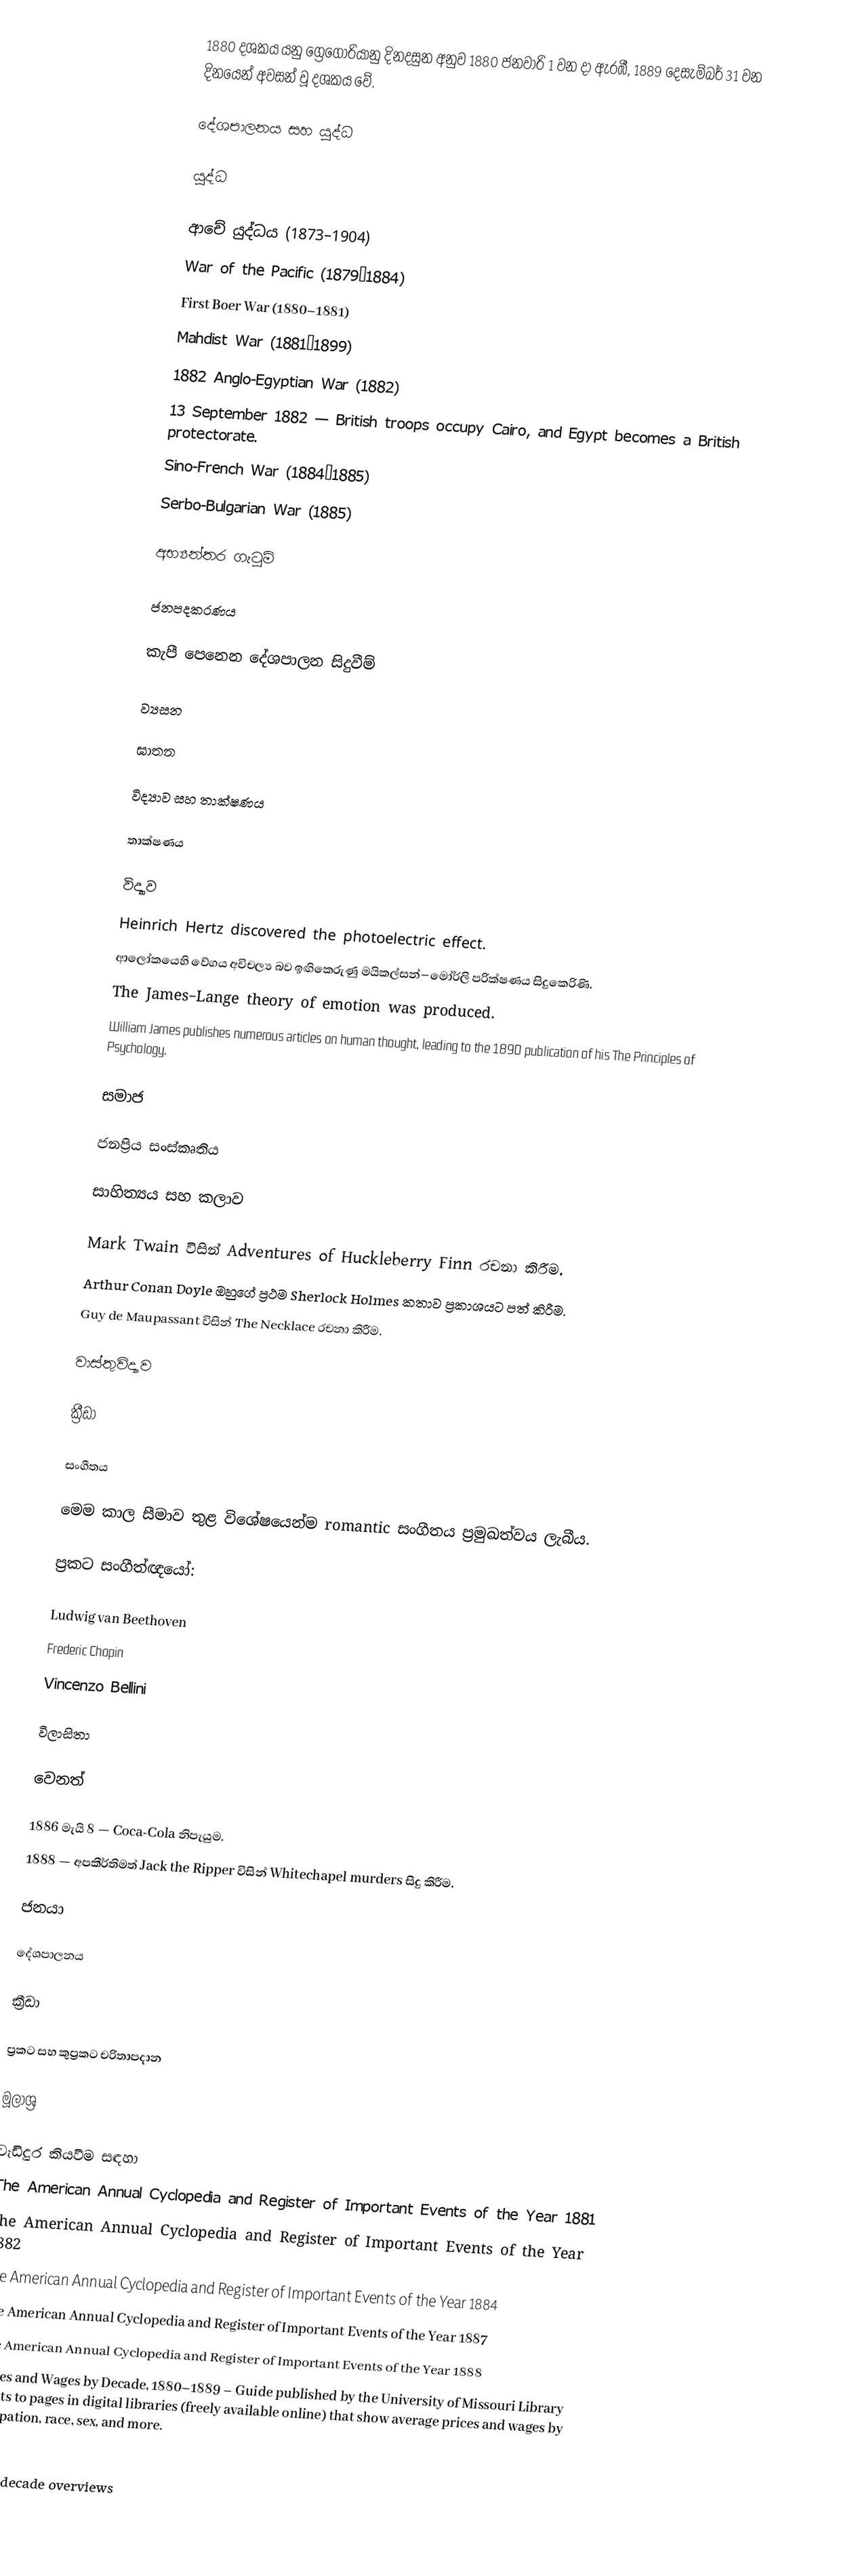
1880 දශකය යනු ග්‍රෙගෝරියානු දිනදසුන අනුව 1880 ජනවාරි 1 වන දා ඇරඹී, 1889 දෙසැම්බර් 31 වන දිනයෙන් අවසන් වූ දශකය  වේ.

දේශපාලනය සහ යුද්ධ

යුද්ධ

 ආචේ යුද්ධය (1873–1904)
 War of the Pacific (1879–1884)
 First Boer War (1880–1881)
 Mahdist War (1881–1899)
 1882 Anglo-Egyptian War (1882)
 13 September 1882 — British troops occupy Cairo, and Egypt becomes a British protectorate.
 Sino-French War (1884–1885)
 Serbo-Bulgarian War (1885)

අභ්‍යන්තර ගැටුම්

ජනපදකරණය

කැපී පෙනෙන දේශපාලන සිදුවීම්

ව්‍යසන

ඝාතන

විද්‍යාව සහ තාක්ෂණය

තාක්ෂණය

විද්‍යාව
 Heinrich Hertz discovered the photoelectric effect.
 ආලෝකයෙහි වේගය අවිචල්‍ය බව ඉඟිකෙරුණු මයිකල්සන්–මෝර්ලි පරික්ෂණය සිදුකෙරිණි.
 The James–Lange theory of emotion was produced.
 William James publishes numerous articles on human thought, leading to the 1890 publication of his The Principles of Psychology.

සමාජ

ජනප්‍රිය සංස්කෘතිය

සාහිත්‍යය සහ කලාව

 Mark Twain විසින් Adventures of Huckleberry Finn රචනා කිරීම.
 Arthur Conan Doyle ඔහුගේ ප්‍රථම Sherlock Holmes කතාව ප්‍රකාශයට පත් කිරීම.
 Guy de Maupassant විසින් The Necklace රචනා කිරීම.

වාස්තුවිද්‍යාව

ක්‍රීඩා

සංගීතය

මෙම කාල සීමාව තුළ විශේෂයෙන්ම romantic සංගීතය ප්‍රමුඛත්වය ලැබීය.

ප්‍රකට සංගීත්ඥයෝ:

 Ludwig van Beethoven
 Frederic Chopin
 Vincenzo Bellini

විලාසිතා

වෙනත්

 1886 මැයි 8 — Coca-Cola නිපැයුම.
 1888 — අපකීර්තිමත් Jack the Ripper විසින් Whitechapel murders සිදු කිරීම.

ජනයා

දේශපාලනය

ක්‍රීඩා

ප්‍රකට සහ කුප්‍රකට චරිතාපදාන

මූලාශ්‍ර

වැඩිදුර කියවීම සඳහා
 The American Annual Cyclopedia and Register of Important Events of the Year 1881
 The American Annual Cyclopedia and Register of Important Events of the Year 1882
 The American Annual Cyclopedia and Register of Important Events of the Year 1884
 The American Annual Cyclopedia and Register of Important Events of the Year 1887
 The American Annual Cyclopedia and Register of Important Events of the Year 1888
 Prices and Wages by Decade, 1880–1889 – Guide published by the University of Missouri Library points to pages in digital libraries (freely available online) that show average prices and wages by occupation, race, sex, and more.

1880s decade overviews